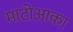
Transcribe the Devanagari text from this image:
माटोआका